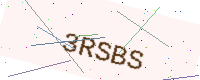
Text: 3RSBS